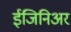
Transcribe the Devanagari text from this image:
ईंजिनिअर